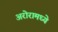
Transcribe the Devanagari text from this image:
अरोरामध्ये